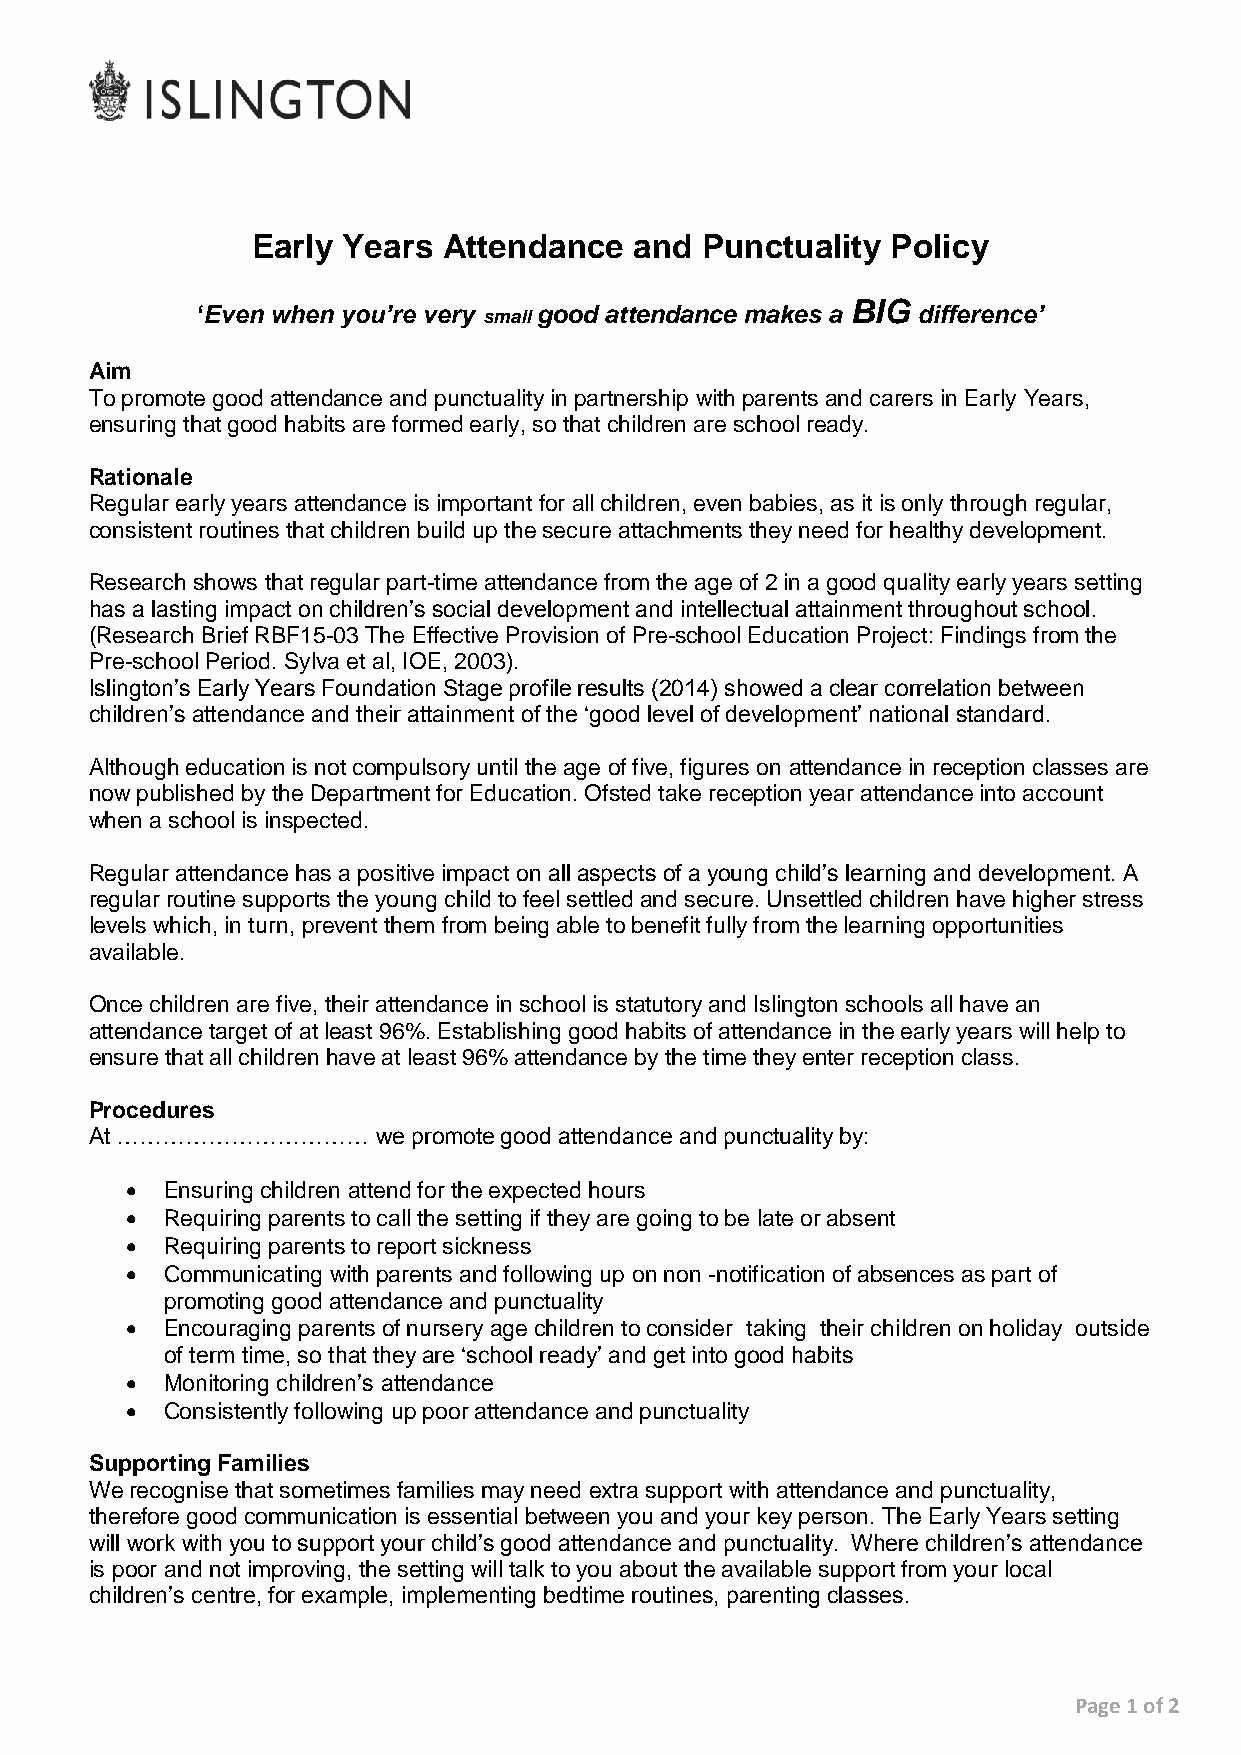
Early Years Attendance   and Punctuality  Policy
 ‘Even when you’re very small good attendance makes a
 BIG
 difference’
 Aim
 To promote good attendance and punctuality in partnership with parents and carers in Early Years,
 ensuring that good habits are formed early, so that children are school ready.
 Rationale
 Regular early years attendance is important for all children, even babies, as it is only through regular,
 consistent routines that children build up the secure attachments they need for healthy development.
 Research shows that regular part-time attendance from the age of 2 in a good quality early years setting
 has a lasting impact on children’s social development and intellectual attainment throughout school.
 (Research Brief RBF15-03 The Effective Provision of Pre-school Education Project: Findings from the
 Pre-school Period. Sylva et al, IOE, 2003).
 Islington’s Early Years Foundation Stage profile results (2014) showed a clear correlation between
 children’s attendance and their attainment of the ‘good level of development’ national standard.
 Although education is not compulsory until the age of five, figures on attendance in reception classes are
 now published by the Department for Education. Ofsted take reception year attendance into account
 when a school is inspected.
 Regular attendance has a positive impact on all aspects of a young child’s learning and development. A
 regular routine supports the young child to feel settled and secure. Unsettled children have higher stress
 levels which, in turn, prevent them from being able to benefit fully from the learning opportunities
 available.
 Once children are five, their attendance in school is statutory and Islington schools all have an
 attendance target of at least 96%. Establishing good habits of attendance in the early years will help to
 ensure that all children have at least 96% attendance by the time they enter reception class.
 Procedures
 At ……………………………     we promote good attendance and punctuality by:
   Ensuring children attend for the expected hours
   Requiring parents to call the setting if they are going to be late or absent
   Requiring parents to report sickness
   Communicating with parents and following up on non -notification of absences as part of
 promoting good attendance and punctuality
   Encouraging parents of nursery age children to consider taking their children on holiday outside
 of term time, so that they are ‘school ready’ and get into good habits
   Monitoring children’s attendance
   Consistently following up poor attendance and punctuality
 Supporting Families
 We recognise that sometimes families may need extra support with attendance and punctuality,
 therefore good communication is essential between you and your key person. The Early Years setting
 will work with you to support your child’s good attendance and punctuality. Where children’s attendance
 is poor and not improving, the setting will talk to you about the available support from your local
 children’s centre, for example, implementing bedtime routines, parenting classes.
 Page 1 of 2